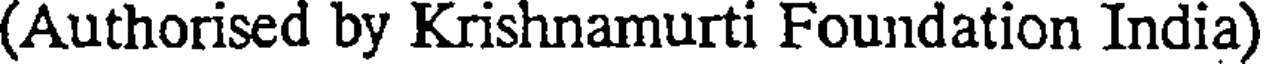
(Authorised by Krishnamurti Foundation India)